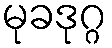
မုခဒုဂ္ဂ